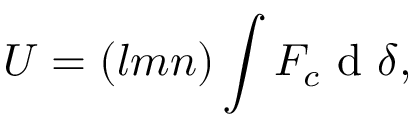
U = ( l m n ) \int F _ { c } \mathrm { ~ d ~ } { \delta } ,